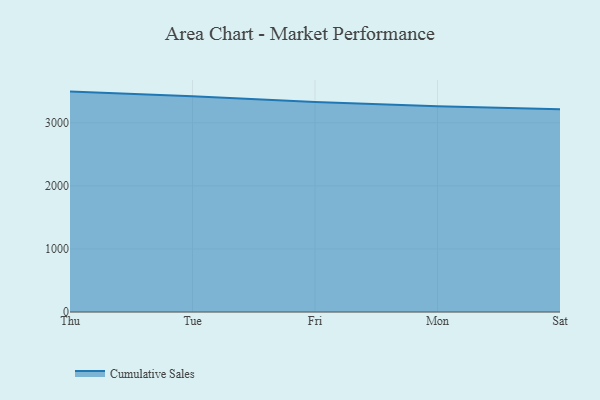
{"axis": {"x": "Day", "y": "Shipments"}, "legend": ["Cumulative Sales"], "data": [{"x": "Thu", "y": 3494.7, "type": "Cumulative Sales"}, {"x": "Tue", "y": 3420.4, "type": "Cumulative Sales"}, {"x": "Fri", "y": 3331.2, "type": "Cumulative Sales"}, {"x": "Mon", "y": 3262.9, "type": "Cumulative Sales"}, {"x": "Sat", "y": 3213.8, "type": "Cumulative Sales"}]}